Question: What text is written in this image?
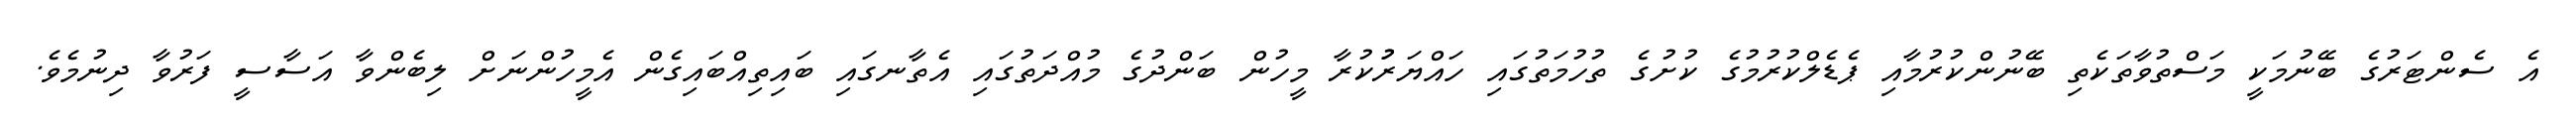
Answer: އެ ސެންޓަރުގެ ބޭނުމަކީ މަސްތުވާތަކެތި ބޭނުންކުރުމާއި ޕެޑެލްކުރުމުގެ ކުށުގެ ތުހުމަތުގައި ހައްޔަރުުކުރާ މީހުން ބަންދުގެ މުއްދަތުގައި އެތާނގައި ބައިތިއްބައިގެން އެމީހުންނަށް ލިބެންވާ އަސާސީ ފަރުވާ ދިނުމެވެ.